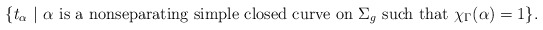
\begin{align*} \{ t_\alpha \ | \ \alpha \textrm{ is a nonseparating simple closed curve on } \Sigma_g \textrm{ such that } \chi_\Gamma(\alpha)=1 \}.\end{align*}